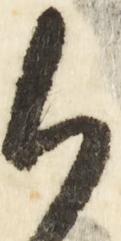
御